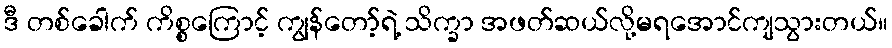
ဒီ တစ်ခေါက် ကိစ္စကြောင့် ကျွန်တော့်ရဲ့ သိက္ခာ အဖတ်ဆယ်လို့မရအောင်ကျသွားတယ်။